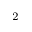
^ 2